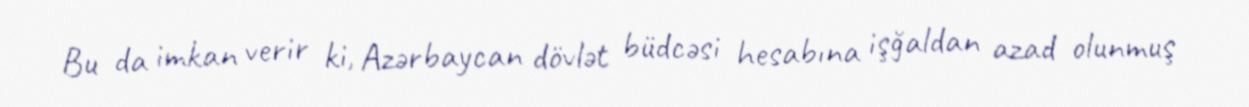
Bu da imkan verir ki, Azərbaycan dövlət büdcəsi hesabına işğaldan azad olunmuş